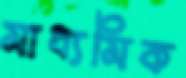
মাধ্যমিক